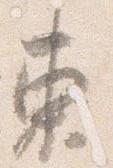
東